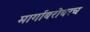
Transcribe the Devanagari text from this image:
मार्गाबरोबरच